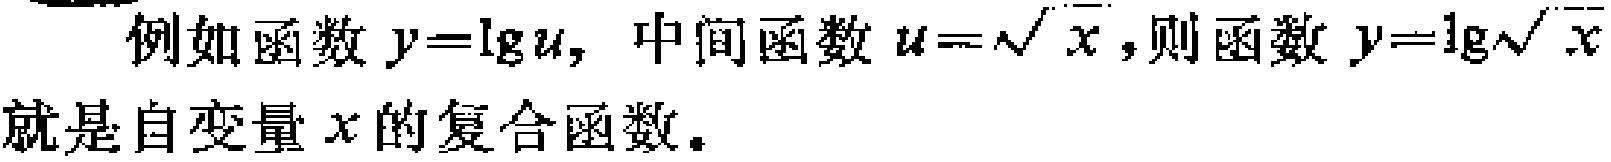
例如函数\(y = \lg u\)，中间函数\(u = \sqrt{x}\)，则函数\(y = \lg\sqrt{x}\)就是自变量\(x\)的复合函数。